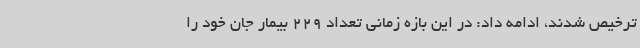
ترخیص شدند، ادامه داد: در این بازه زمانی تعداد 229 بیمار جان خود را